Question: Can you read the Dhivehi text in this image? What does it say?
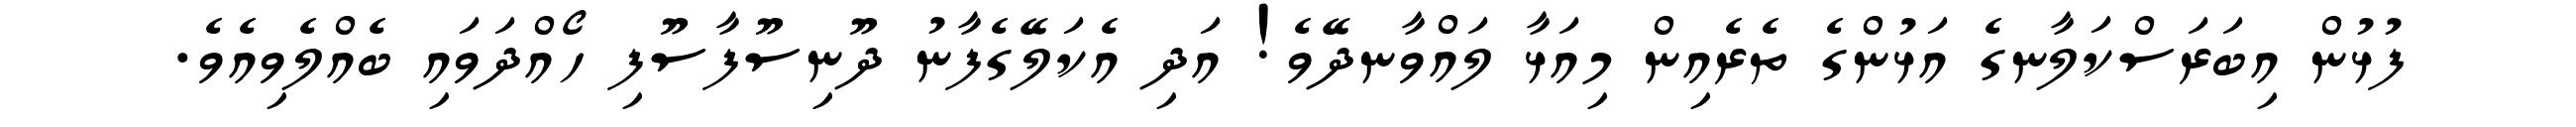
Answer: ފުޅުން އިބަރަސްކަލާނގެ އަޅުންގެ ތެރެއިން މިއަޅާ ލައްވާނދޭވެ! އަދި އެކަލޭގެފާނު ދޫނިސޫފާސޫފި ހޯއްދަވައި ބެއްލެވިއެވެ.